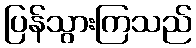
ပြန်သွားကြသည်